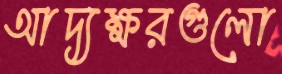
আদ্যক্ষরগুলো